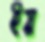
ইয়